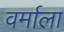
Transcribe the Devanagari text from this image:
वर्माला